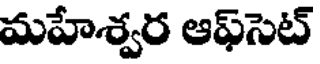
మహేశ్వర ఆఫ్సెట్